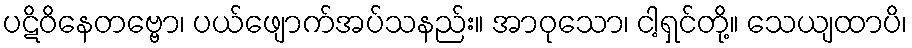
ပဋိဝိနေတဗ္ဗော၊ ပယ်ဖျောက်အပ်သနည်း။ အာဝုသော၊ ငါ့ရှင်တို့။ သေယျထာပိ၊